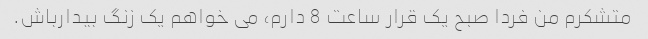
متشکرم من فردا صبح یک قرار ساعت 8 دارم، می خواهم یک زنگ بیدارباش.